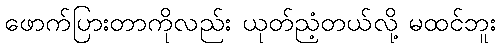
ဖောက်ပြားတာကိုလည်း ယုတ်ညံ့တယ်လို့ မထင်ဘူး